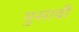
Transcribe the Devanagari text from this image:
मुसावी